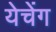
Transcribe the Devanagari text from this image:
येचेंग